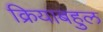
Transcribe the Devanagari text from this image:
क्रियाबहुल